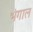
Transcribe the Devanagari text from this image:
भंगाल